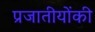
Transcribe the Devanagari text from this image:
प्रजातीयोंकी